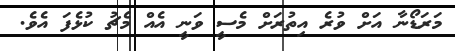
މަރަޑޯނާ އަށް ވުރެ އިތުރަށް މެސީ ވަނީ އެއް މެޗު ކުޅެފަ އެވެ.